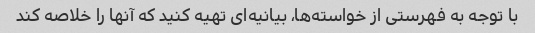
با توجه به فهرستی از خواسته‌ها، بیانیه‌ای تهیه کنید که آنها را خلاصه کند